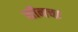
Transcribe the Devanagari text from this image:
सीनचा